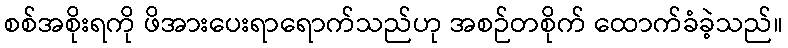
စစ်အစိုးရကို ဖိအားပေးရာရောက်သည်ဟု အစဉ်တစိုက် ထောက်ခံခဲ့သည်။